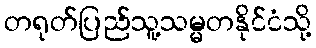
တရုတ်ပြည်သူ့သမ္မတနိုင်ငံသို့